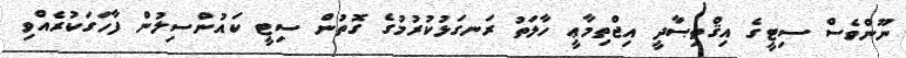
ނޫންވެސް ސިޓީގެ އިޤްތިޞާދީ އިޖްތިމާޢީ ހާލަތު ރަނގަޅުކުރުމުގެ ގޮތުން ސިޓީ ކައުންސިލުން ފާހަގަކުރެއްވި